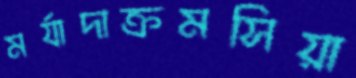
মর্যাদাক্রমসিয়া